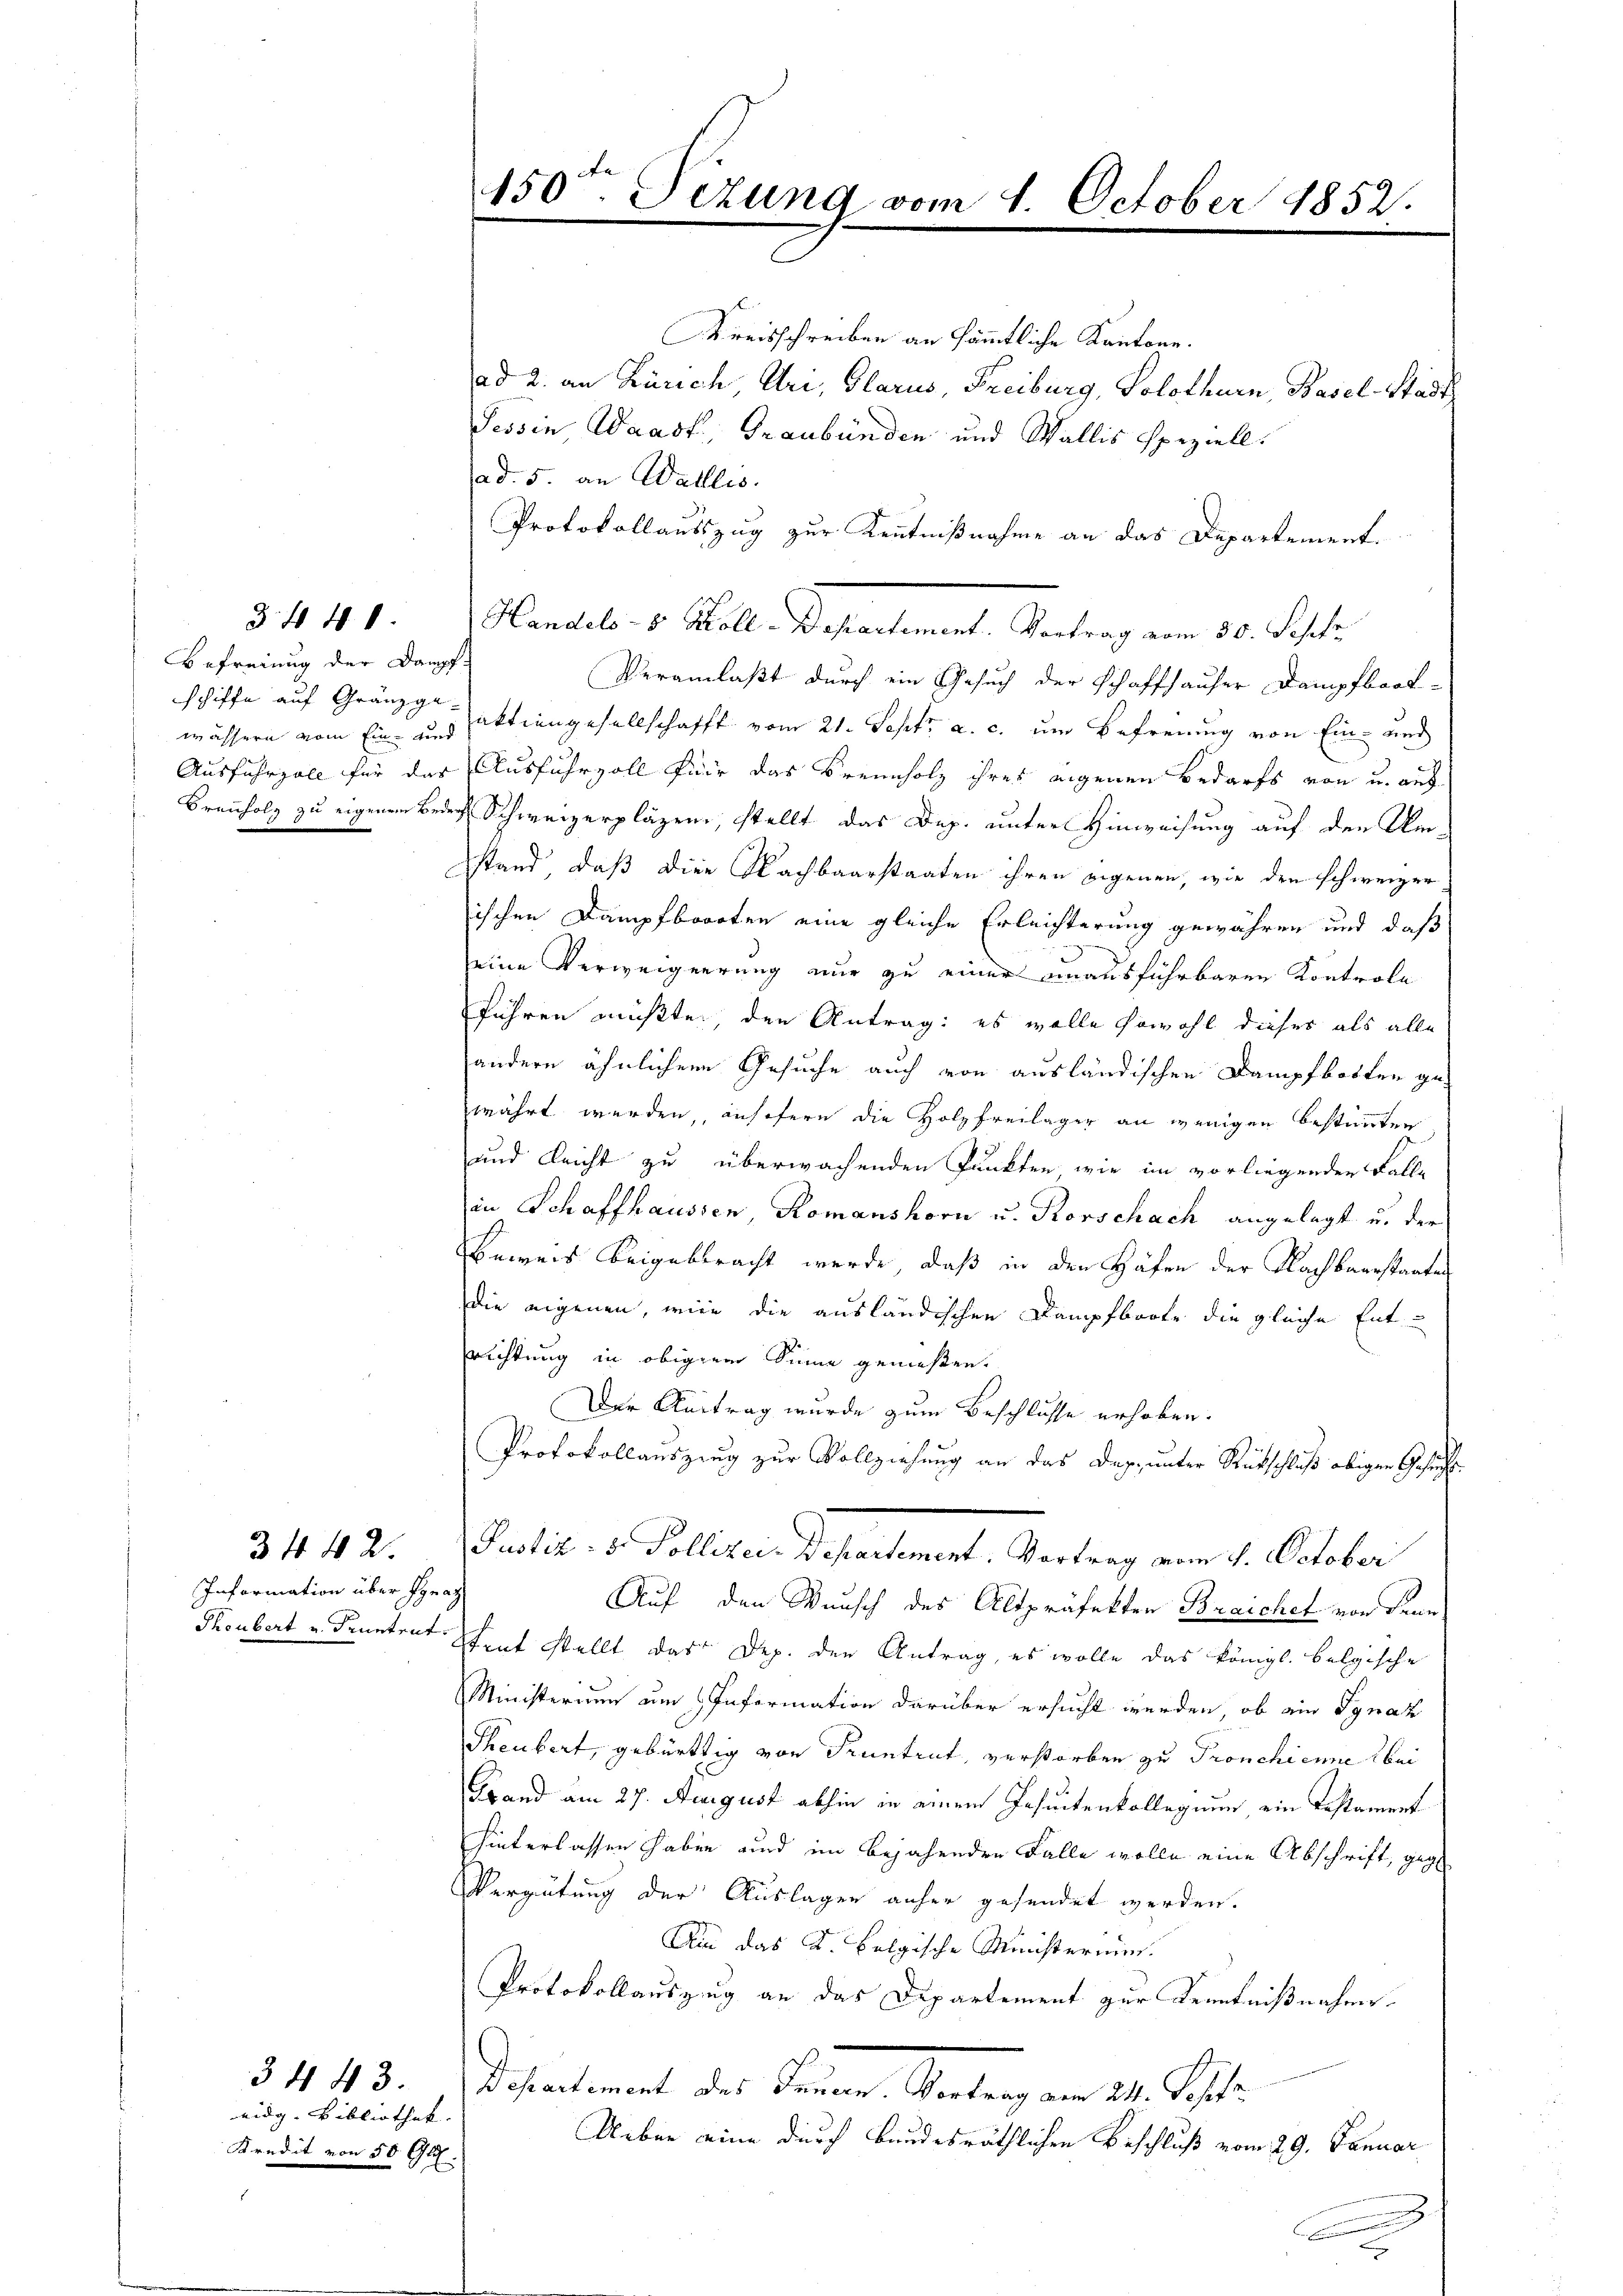
Befreiung der Dampf-
wässern vom Ein- und

34 40

3442.
Information über Pyrat

idg. Bibliothek.
Kredit von 50 Gl.

3443.

Kreisschreiben an sämmtliche Kantone.
ad 2. an Zürich, Uri, Glarus, Freiburg, Solothurn, Basel-Stadt
Tessin Waadt, Graubünden und Wallis speziell.
ad. 5. an Wallis.
Protokollauszug zur Kenntnißnahme an das Departement.
Handel v. Kolle Departement. Antrag vom 30. Sept.
Veranlaßt durch ein Gesuch der Schaffhauser Dampfboot-
schiffe auf Granzgeaktiengesellschafft vom 21. Sept. a. c. um Befreuung von Ein- und
Ausfuhrzoll für das Ausfuhrzoll für das Brennholz ihres eigenen Bedarfs von u. aus
Frenholz zu eigenen Beder Schweizerpläzen, stellt das Dep. unter Hinweisung auf den Umstand, daß die Nachbaarstaaten ihren eigenen, wie den schweizer
ischen Dampfboorten eine gleiche Erleichterung gewähren und daß
eine Verweigerung nur zu einer einausführbaren Kontrole
führen müßte, den Antrag: es wolle sowohl dieses als alle
andern ähnlichen Gesuche auch von ausländischen Dampfbotten gewährt werden, ansofern die Holzfreilager an wenigen bestimmten
und leicht zu überwachenden Punkten, wie im vorliegenden Falle
in Schaffhaussen, Romanshorn u. Rorschach angelegt u. der
Beweis beigebracht werde, daß in den Häfen der Nachbarrstanten
die eigenen, wie die ausländischen Dampfboote die gleiche Ent
Richtung in obigen Sinne gemeßen.
Der Antrag wurde zum Beschlusse erhoben.
Protokollauszing zur Vollziehung an das Dap. unter Rückschluß obigen Gesuch
Justiz- & Pollizei-Departement. Vortrag vom 4. October
Auf den Wunsch des Altpräfekten Braichet von Dann
Thoubert u. Pruntrat Stent stellt das Dep. den Antrag, es wolle das Königl. belgische
Ministerium um Information darüber ersucht werden, ob ein Ignaz
Theubert, gebürtig von Pruntrut, verstorben zu Pronchienne bei
Grand am 27. August abhin in einem Jesuitenkollegium ein Testament
hinterlassen haben und im bejahenden Falle wolle eine Abschrift, geg
Vergütung der Auslagen anher gesendet werden.
Ain das K. belgische Ministerium.
Protokollauszug an das Departement zur Kenntnißnahme.
Docentement des Sanen Reitung vom 21. Septe
Ueber eine durch bundesräthlichen Beschluß vom 29. Januar
.

150ten Sizung vom 1. October 1852.

.